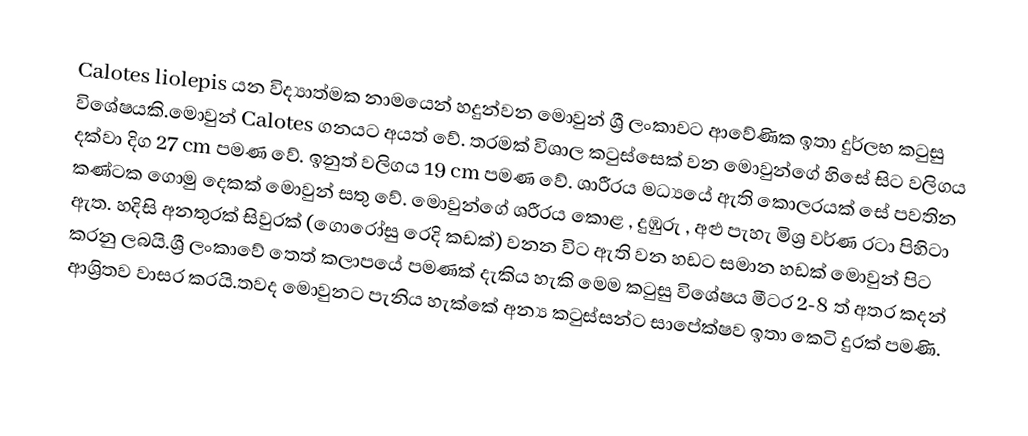
Calotes liolepis යන විද්‍යාත්මක නාමයෙන් හදුන්වන මොවුන් ශ්‍රී ලංකාවට ආවේණික ඉතා දුර්ලභ කටුසු විශේෂයකි.මොවුන්  Calotes ගනයට අයත් වේ. තරමක් විශාල කටුස්සෙක් වන මොවුන්ගේ හිසේ සිට වලිගය දක්වා දිග 27 cm පමණ වේ. ඉනුත් වලිගය 19 cm පමණ වේ. ශාරීරය මධ්‍යයේ ඇති කොලරයක් සේ පවතින කණ්ටක ගොමු දෙකක් මොවුන් සතු වේ. මොවුන්ගේ ශරීරය කොළ , දුඹුරු , අළු පැහැ මිශ්‍ර වර්ණ රටා පිහිටා ඇත. හදිසි අනතුරක් සිවුරක් (ගොරෝසු රෙදි කඩක්) වනන විට ඇති වන හඩට සමාන හඩක් මොවුන් පිට කරනු ලබයි.ශ්‍රී ලංකාවේ තෙත් කලාපයේ පමණක් දැකිය හැකි මෙම කටුසු විශේෂය මීටර 2-8 ත් අතර කදන් ආශ්‍රිතව වාසර කරයි.තවද මොවුනට පැනිය හැක්කේ අන්‍ය කටුස්සන්ට සාපේක්ෂව  ඉතා කෙටි දුරක් පමණි.